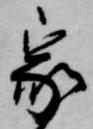
家